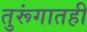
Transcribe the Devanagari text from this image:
तुरूंगातही